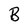
Character: B